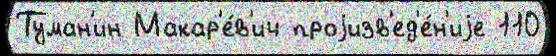
Туман'ин Макар'е́в'ич проjизв'ед'е́н'иjе 110